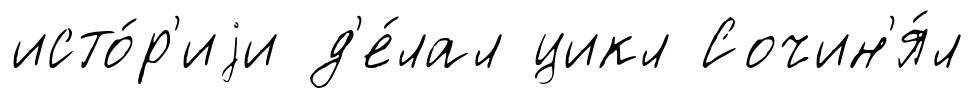
исто́р'иjи д'е́лал цикл Сочин'я́л